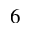
_ Ḋ 6 Ḍ